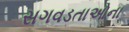
સગવડતાઓના